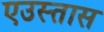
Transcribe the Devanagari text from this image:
एउस्तास